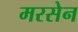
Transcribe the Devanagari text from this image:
मरसेन